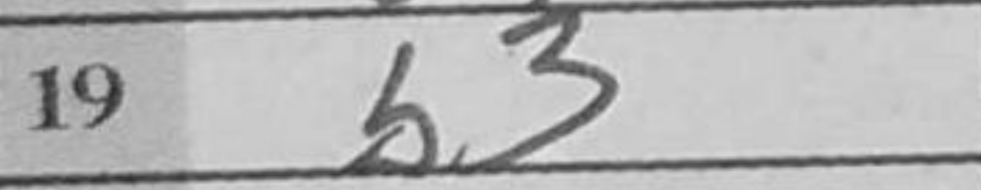
Transcription: b3